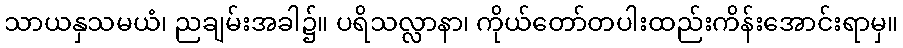
သာယနှသမယံ၊ ညချမ်းအခါ၌။ ပရိသလ္လာနာ၊ ကိုယ်တော်တပါးထည်းကိန်းအောင်းရာမှ။